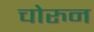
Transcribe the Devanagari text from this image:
चोरुन